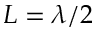
L = \lambda / 2